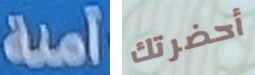
آمنة أحضرتك